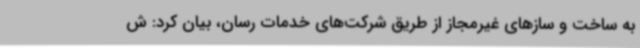
به ساخت و سازهای غیرمجاز از طریق شرکت‌های خدمات رسان، بیان کرد: ش